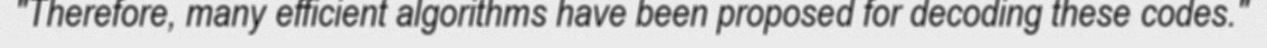
"Therefore, many efficient algorithms have been proposed for decoding these codes."